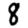
Digit: 8